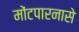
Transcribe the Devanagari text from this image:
मोंटपारनासे